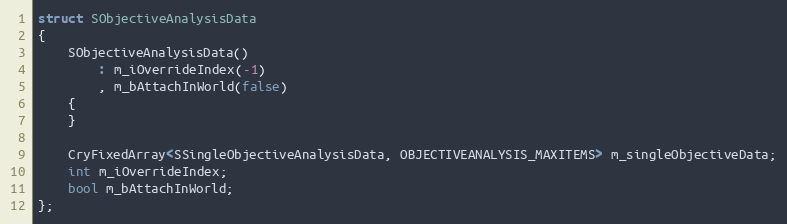
Language: C
struct SObjectiveAnalysisData
{
	SObjectiveAnalysisData()
		: m_iOverrideIndex(-1)
		, m_bAttachInWorld(false)
	{
	}

	CryFixedArray<SSingleObjectiveAnalysisData, OBJECTIVEANALYSIS_MAXITEMS> m_singleObjectiveData;
	int m_iOverrideIndex;
	bool m_bAttachInWorld;
};